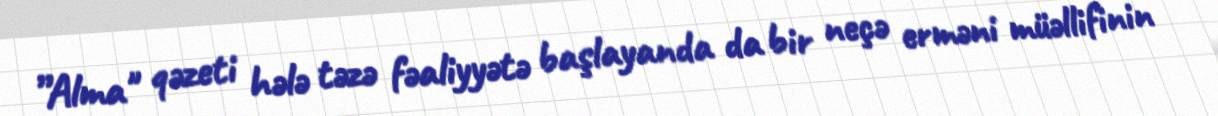
”Alma" qəzeti hələ təzə fəaliyyətə başlayanda da bir neçə erməni müəllifinin